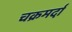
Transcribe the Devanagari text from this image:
चक्रमर्दा